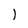
Character: l